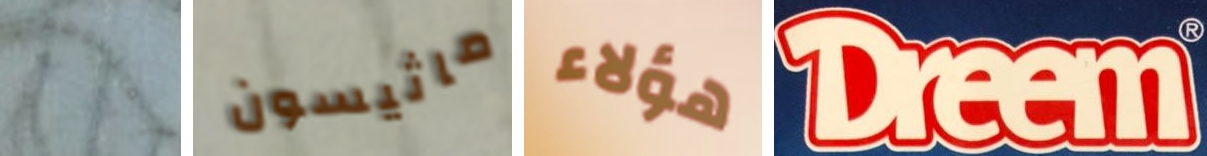
أقتلوهم ماثيسون هؤلاء Dreem